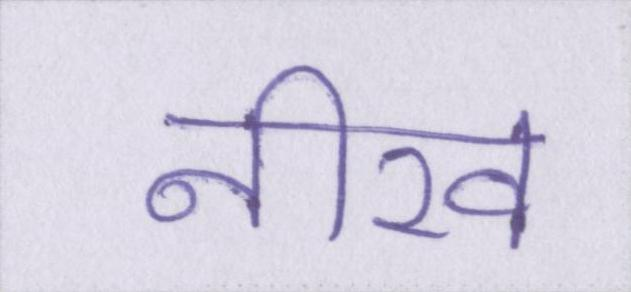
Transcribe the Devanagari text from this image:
नीरव